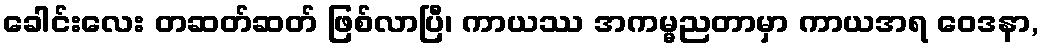
ခေါင်းလေး တဆတ်ဆတ် ဖြစ်လာပြီ၊ ကာယဿ အကမ္မညတာမှာ ကာယအရ ဝေဒနာ,